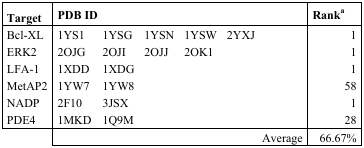
<table><thead><tr><td><b>Target</b></td><td colspan="5"><b>PDB ID</b></td><td><b>Ranka</b></td></tr></thead><tbody><tr><td>Bcl-XL</td><td>1YS1</td><td>1YSG</td><td>1YSN</td><td>1YSW</td><td>2YXJ</td><td>1</td></tr><tr><td>ERK2</td><td>2OJG</td><td>2OJI</td><td>2OJJ</td><td>2OK1</td><td></td><td>1</td></tr><tr><td>LFA-1</td><td>1XDD</td><td>1XDG</td><td></td><td></td><td></td><td>1</td></tr><tr><td>MetAP2</td><td>1YW7</td><td>1YW8</td><td></td><td></td><td></td><td>58</td></tr><tr><td>NADP</td><td>2F10</td><td>3JSX</td><td></td><td></td><td></td><td>1</td></tr><tr><td>PDE4</td><td>1MKD</td><td>1Q9M</td><td></td><td></td><td></td><td>28</td></tr><tr><td></td><td colspan="5">Average</td><td>66.67%</td></tr></tbody></table>